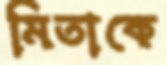
মিতাকে